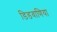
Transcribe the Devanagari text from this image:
डिडवाणिया